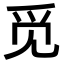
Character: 觅